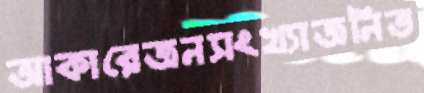
আকারেজনসংখ্যাজনিত